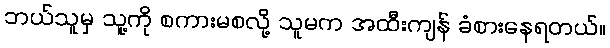
ဘယ်သူမှ သူ့ကို စကားမစလို့ သူမက အထီးကျန် ခံစားနေရတယ်။